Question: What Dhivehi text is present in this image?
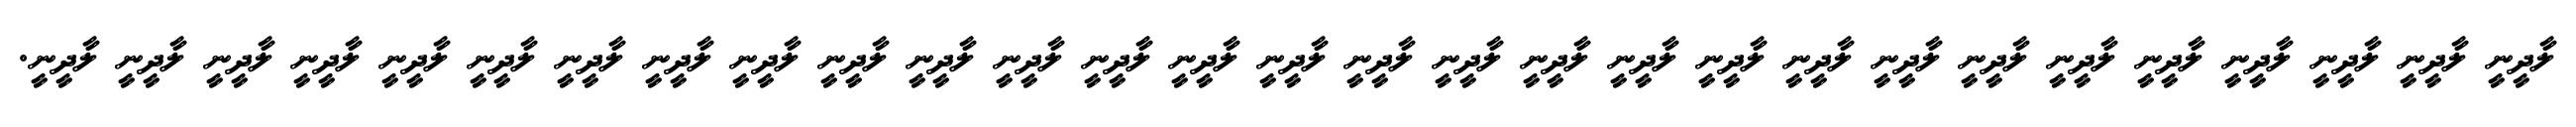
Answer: ލާދީނީ ލާދީނީ ލާދީނީ ލާދީނީ ލާދީނީ ލާދީނީ ލާދީނީ ލާދީނީ ލާދީނީ ލާދީނީ ލާދީނީ ލާދީނީ ލާދީނީ ލާދީނީ ލާދީނީ ލާދީނީ ލާދީނީ ލާދީނީ ލާދީނީ ލާދީނީ ލާދީނީ ލާދީނީ ލާދީނީ ލާދީނީ ލާދީނީ ލާދީނީ ލާދީނީ ލާދީނީ ލާދީނީ.